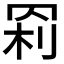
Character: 𰭊